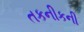
તકનીકની